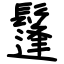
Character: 鬔